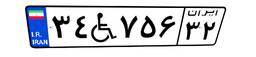
۳۴W۷۵۶۳۲